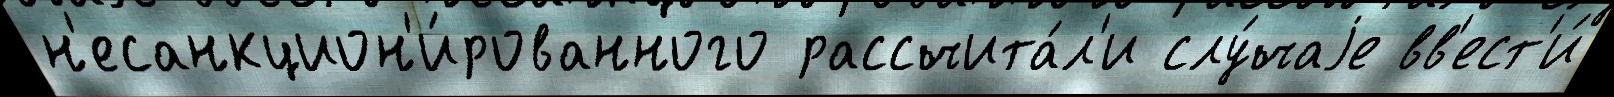
н'есанкцион'и́рованного рассчита́л'и слу́чаjе вв'ест'и́